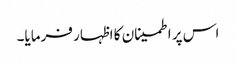
اس پر اطمینان کا اظہار فرمایا۔